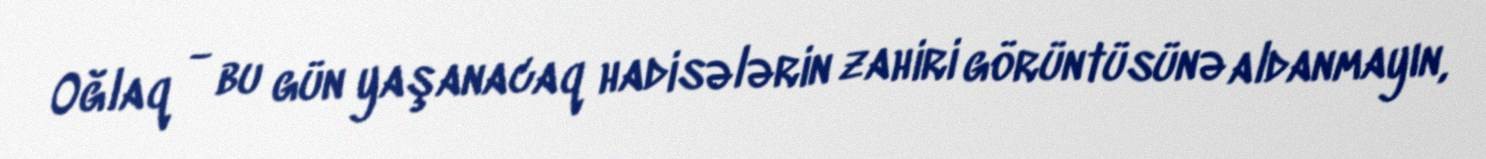
Oğlaq - bu gün yaşanacaq hadisələrin zahiri görüntüsünə aldanmayın,